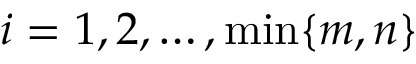
i = 1 , 2 , \ldots , \operatorname* { m i n } \{ m , n \}